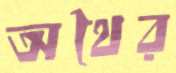
অথৈর